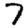
Digit: 7